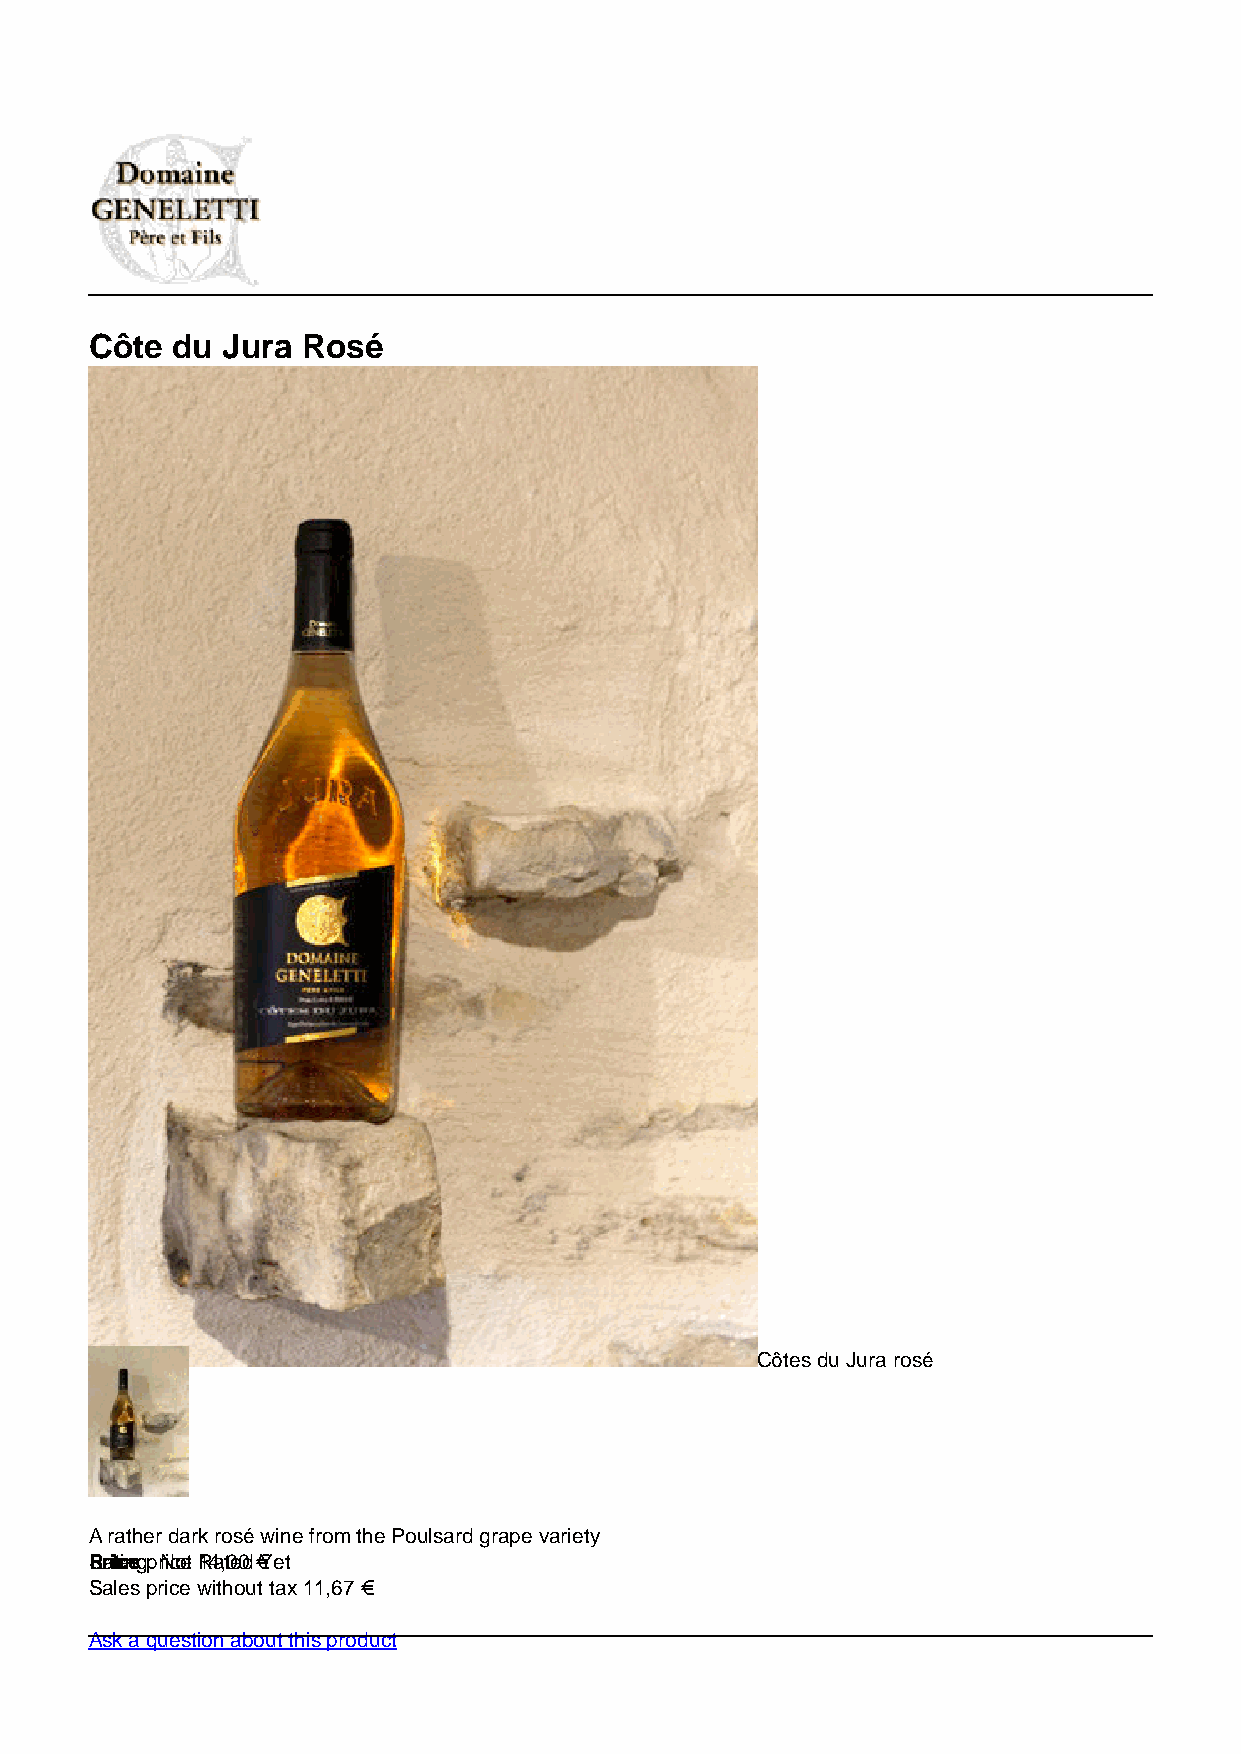
Côte du  Jura Rosé
 Côtes du Jura rosé
 A rather dark rosé wine from the Poulsard grape variety
 RPSraailtceinesg p: rNicoet 1R4a,t0e0d €Yet
 Sales price without tax 11,67 €
 Ask a question about this product